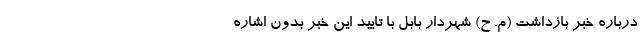
درباره خبر بازداشت (م. ح) شهردار بابل با تایید این خبر بدون اشاره